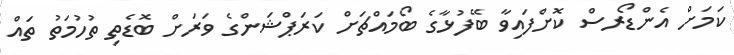
ކަމަށް އެންޑޯރސް ކޮށްފައިވާ ބޭފުޅާގެ ބޯމައްޗަށް ކަަރަޕްޝަންގެ ވަރަށް ބޮޑެތި ތުހުމަތު ތައް